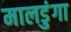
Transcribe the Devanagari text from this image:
मालडुंगा